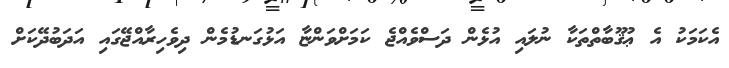
އެކަމަކު އެ ޢުޤޫބާތްތަކާ ނުލައި އުޅެން ދަސްވެއްޖެ ކަމަށްވަންޏާ އަޅުގަނޑުމެން ދިވެހިރާއްޖޭގައި އަދަބުދޭކަށް